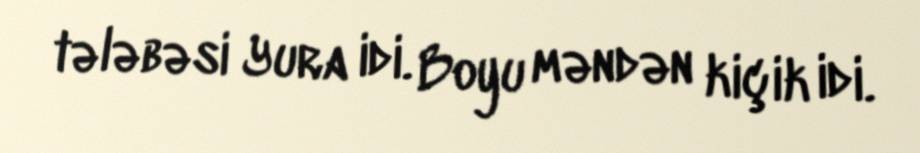
tələbəsi Yura idi. Boyu məndən kiçik idi.